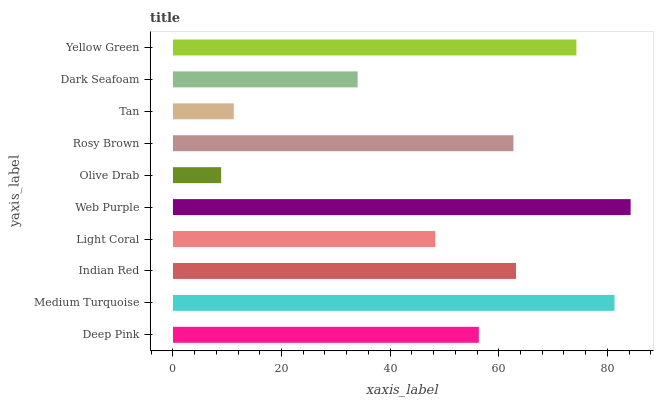
| yaxis_label | bars |
 | --- | --- |
 | Deep Pink | 56.3 |
 | Medium Turquoise | 81.3 |
 | Indian Red | 63.2 |
 | Light Coral | 48.3 |
 | Web Purple | 84.3 |
 | Olive Drab | 8.88 |
 | Rosy Brown | 62.7 |
 | Tan | 11.2 |
 | Dark Seafoam | 34 |
 | Yellow Green | 74.3 |